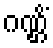
ဂဏ္ဌိံ